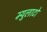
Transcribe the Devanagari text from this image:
म्युलाटो